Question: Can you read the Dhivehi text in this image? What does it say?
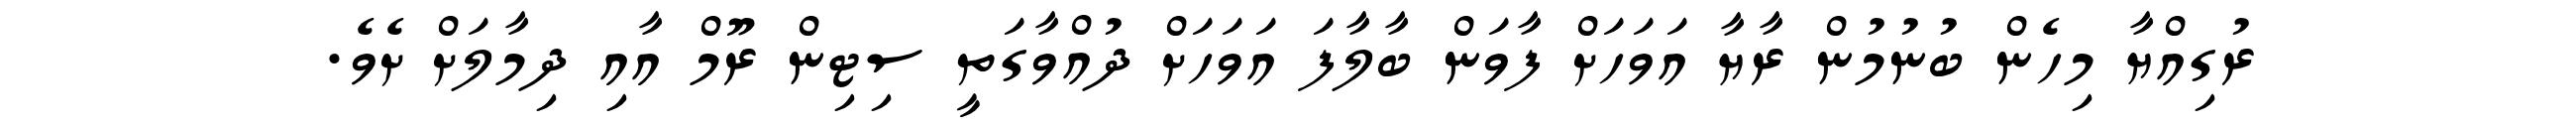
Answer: ރުގިއްޔާ މިހެން ބުނުމުން ރާޔާ އަވަހަށް ފާވަން ބާލާފަ އަވަހަށް ދުއްވާގަތީ ސިޓިން ރޫމް އާއި ދިމާލަށް ށެވެ.